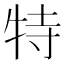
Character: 特